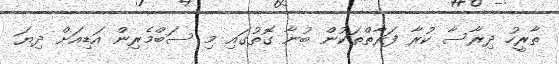
ތާރީހު ދިރާސާ ކުރާ ފަރާތްތަކުން ބުނާ ގޮތުގައި މި ސަބްމެރިން އަޑިއަށް ދިޔަ